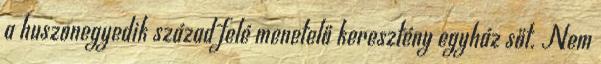
a huszonegyedik század felé menetelő keresztény egyház sőt. Nem